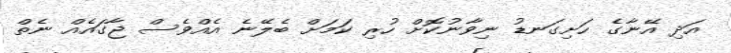
އަދި އޭނާގެ ހަށިގަނޑު ނިވާނުކޮށް ހުރި ކަމަށް ބެލޭނެ އެއްވެސް ޖާގައެއް ނެތް